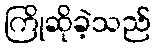
ကြိုဆိုခဲ့သည်